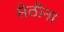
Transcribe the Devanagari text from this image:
सेठीना